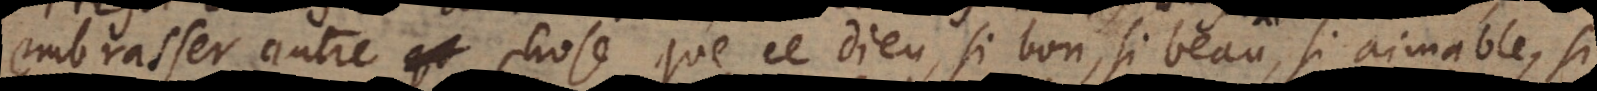
embrasser autre chose que ce Dieu, si bon, si beau, si aimable, si